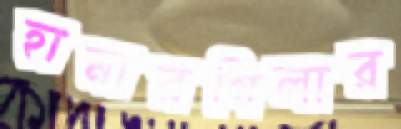
হামারগিলার